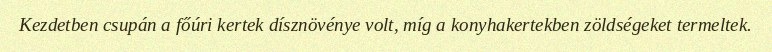
Kezdetben csupán a főúri kertek dísznövénye volt, míg a konyhakertekben zöldségeket termeltek.